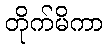
တိုက်မိကာ